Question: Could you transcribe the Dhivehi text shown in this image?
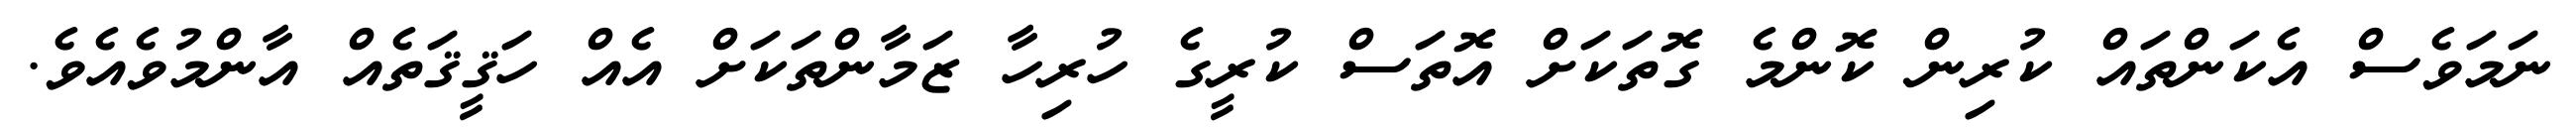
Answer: ނަމަވެސް އެކަންތައް ކުރިން ކޮންމެ ގޮތަކަށް އޮތަސް ކުރީގެ ހުރިހާ ޒަމާންތަކަށް އެއް ހަޤީޤަތެއް އާންމުވެއެވެ.